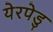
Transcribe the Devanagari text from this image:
येरपेडु